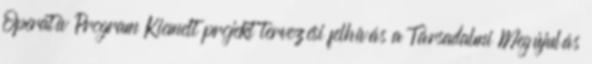
Operatív Program Kiemelt projekt tervezési felhívás a Társadalmi Megújulás